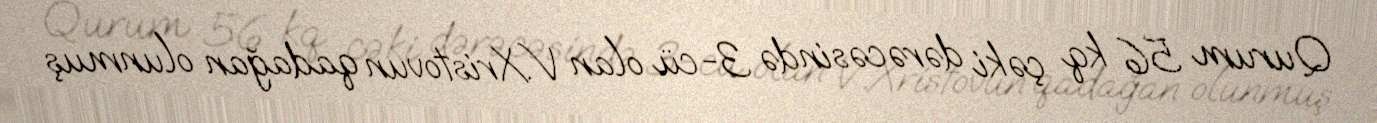
Qurum 56 kq çəki dərəcəsində 3-cü olan V.Xristovun qadağan olunmuş